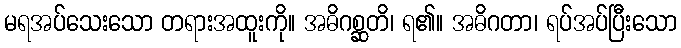
မရအပ်သေးသော တရားအထူးကို။ အဓိဂစ္ဆတိ၊ ရ၏။ အဓိဂတာ၊ ရပ်အပ်ပြီးသော